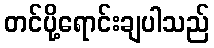
တင်ပို့ရောင်းချပါသည်